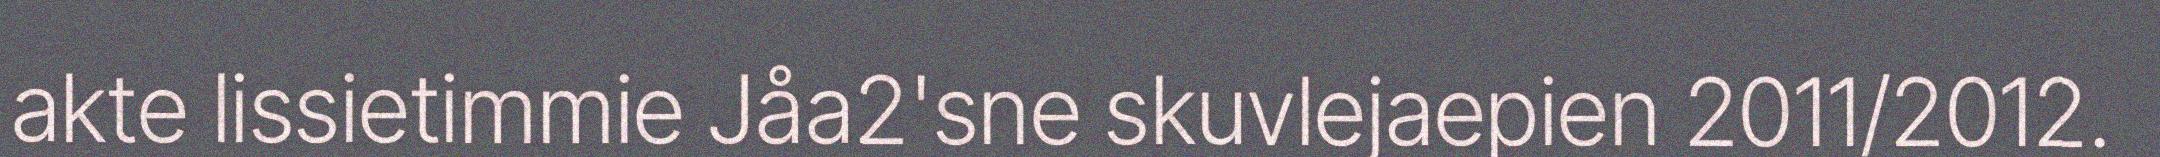
akte lissietimmie Jåa2'sne skuvlejaepien 2011/2012.